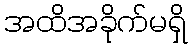
အထိအခိုက်မရှိ